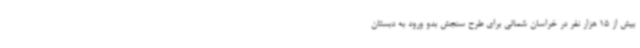
بیش از 15 هزار نفر در خراسان شمالی برای طرح سنجش بدو ورود به دبستان